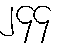
၂၄၄